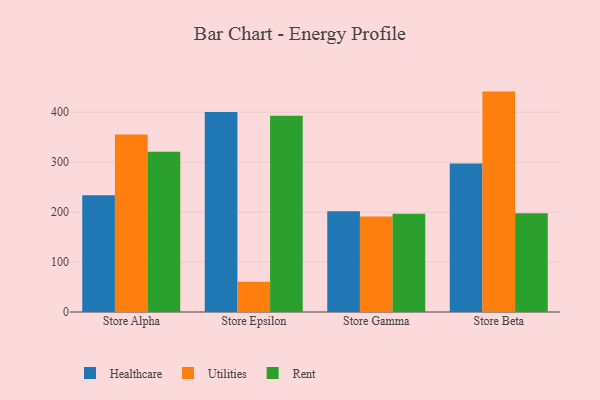
{"axis": {"x": "Store", "y": "Demand Index"}, "legend": ["Healthcare", "Rent", "Utilities"], "data": [{"x": "Store Alpha", "y": 233.7, "type": "Healthcare"}, {"x": "Store Alpha", "y": 355.7, "type": "Utilities"}, {"x": "Store Alpha", "y": 320.9, "type": "Rent"}, {"x": "Store Epsilon", "y": 400.3, "type": "Healthcare"}, {"x": "Store Epsilon", "y": 60.4, "type": "Utilities"}, {"x": "Store Epsilon", "y": 393.2, "type": "Rent"}, {"x": "Store Gamma", "y": 201.7, "type": "Healthcare"}, {"x": "Store Gamma", "y": 191.1, "type": "Utilities"}, {"x": "Store Gamma", "y": 196.9, "type": "Rent"}, {"x": "Store Beta", "y": 297.2, "type": "Healthcare"}, {"x": "Store Beta", "y": 441.4, "type": "Utilities"}, {"x": "Store Beta", "y": 197.6, "type": "Rent"}]}